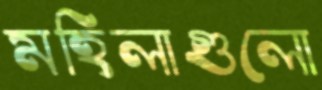
মহিলাগুলো